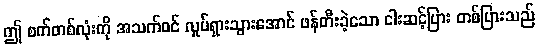
ဤ စက်တစ်လုံးကို အသက်ဝင် လှုပ်ရှားသွားအောင် ဖန်တီးခဲ့သော ငါးဆင့်ပြား တစ်ပြားသည်